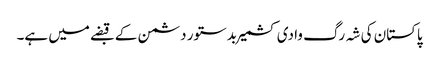
پاکستان کی شہ رگ وادی کشمیر بدستور دشمن کے قبضے میں ہے۔